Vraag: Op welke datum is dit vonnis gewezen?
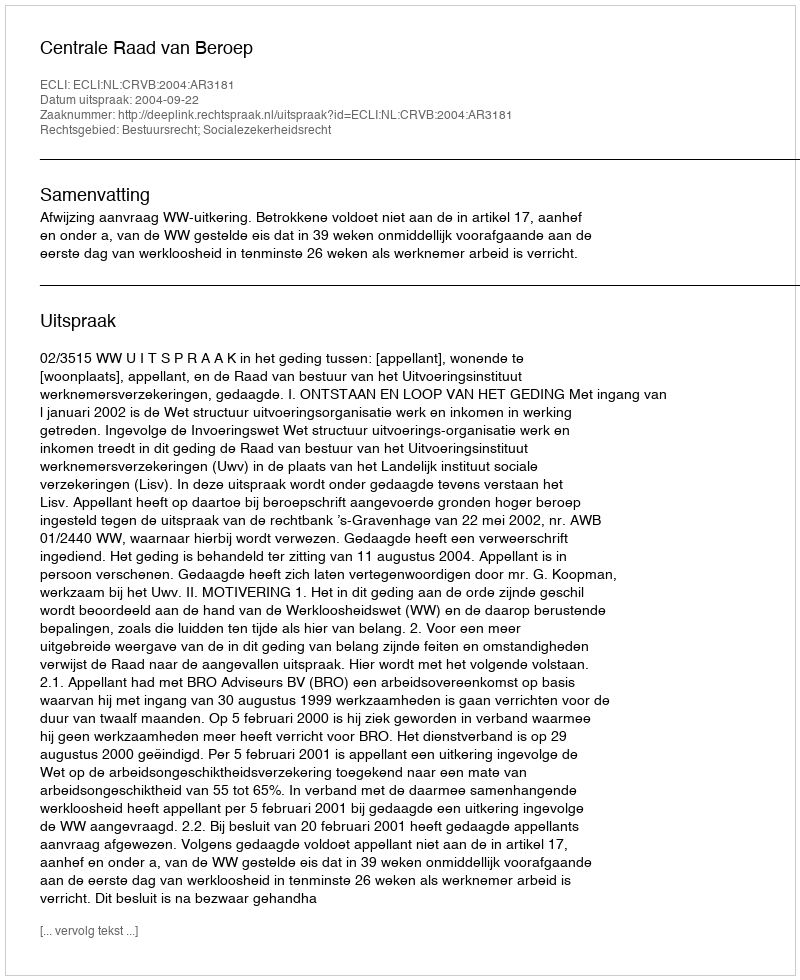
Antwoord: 2004-09-22